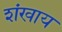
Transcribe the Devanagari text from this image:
शंखाय